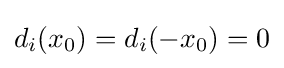
d_{i}(x_{0})=d_{i}(-x_{0})=0